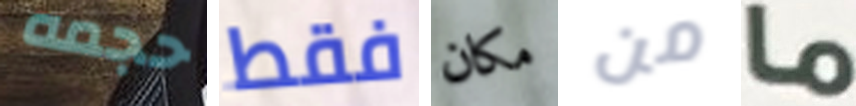
حجمه فقط مكان من ما